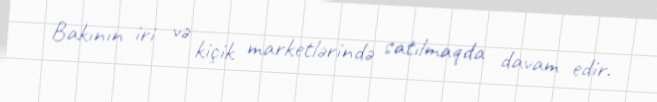
Bakının iri və kiçik marketlərində satılmaqda davam edir.